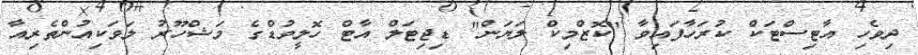
ދިވެހި އާޓިސްޓަކް ކުރަހާފައިވާ "ކޮޒްމިކް ލަޔަން" ޑިޖިޓަލް އާޓް ހޮލީވުޑްގެ މަޝްހޫރު ލަވަކިއުންތެރިއާ